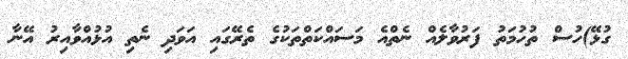
ގުޅޭ)ހުސް ތުހުމަތު ފަރުވާލެއް ނެތްއެ މަސައްކަތްތަކުގެ ތެރޭގައި އަވަދި ނެތި އުޅުއްވާއިރު އޭނާ